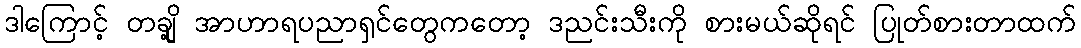
ဒါကြောင့် တချို့ အာဟာရပညာရှင်တွေကတော့ ဒညင်းသီးကို စားမယ်ဆိုရင် ပြုတ်စားတာထက်